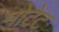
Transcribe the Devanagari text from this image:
मोटेट